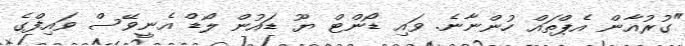
"ގުރުއާން އެޕްތައް ހުންނާނެ. ވައި ޑޯންޓް ޔޫ ޑައުން ލޯޑް އެނީވޭސް ވައިފްގެ